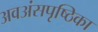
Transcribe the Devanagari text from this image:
अवअंसपृष्ठिका